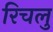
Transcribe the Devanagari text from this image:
रिचलु